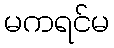
မကရင်မ